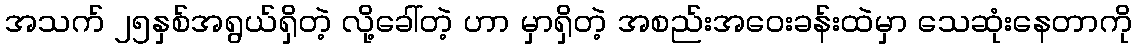
အသက် ၂၅နှစ်အရွယ်ရှိတဲ့ လို့ခေါ်တဲ့ ဟာ မှာရှိတဲ့ အစည်းအဝေးခန်းထဲမှာ သေဆုံးနေတာကို